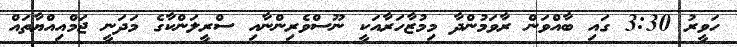
ހަވީރު 3:30 ގައި ބާއްވަން ރާވަމުންދާ މިމުޒާހަރާއަކީ ނޫސްވެރިންނާއި ސްރީލަންކާގެ މަދަނީ ޖަމްއިއްޔާތައް